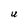
Character: U